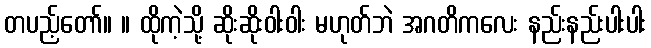
တပည့်တော်။ ။ ထိုကဲ့သို့ ဆိုးဆိုးဝါးဝါး မဟုတ်ဘဲ အဂတိကလေး နည်းနည်းပါးပါး